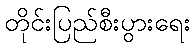
တိုင်းပြည်စီးပွားရေး